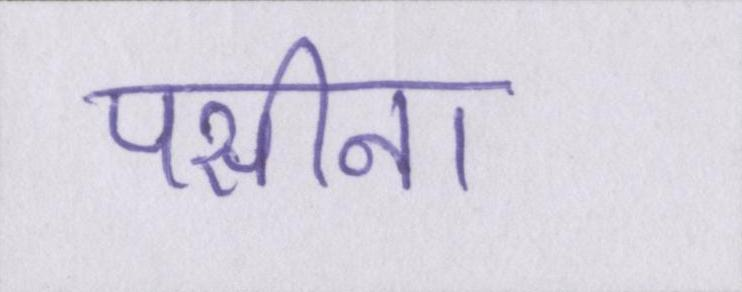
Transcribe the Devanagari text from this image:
पसीना